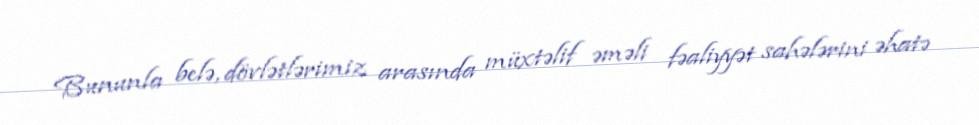
Bununla belə, dövlətlərimiz arasında müxtəlif əməli fəaliyyət sahələrini əhatə